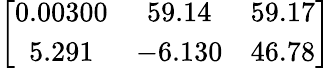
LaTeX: \left[{\begin{array}{ccc}{0.00300}&{59.14}&{59.17}\\ {5.291}&{-6.130}&{46.78}\end{array}}\right]